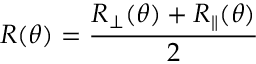
R ( \theta ) = \frac { R _ { \perp } ( \theta ) + R _ { \parallel } ( \theta ) } { 2 }